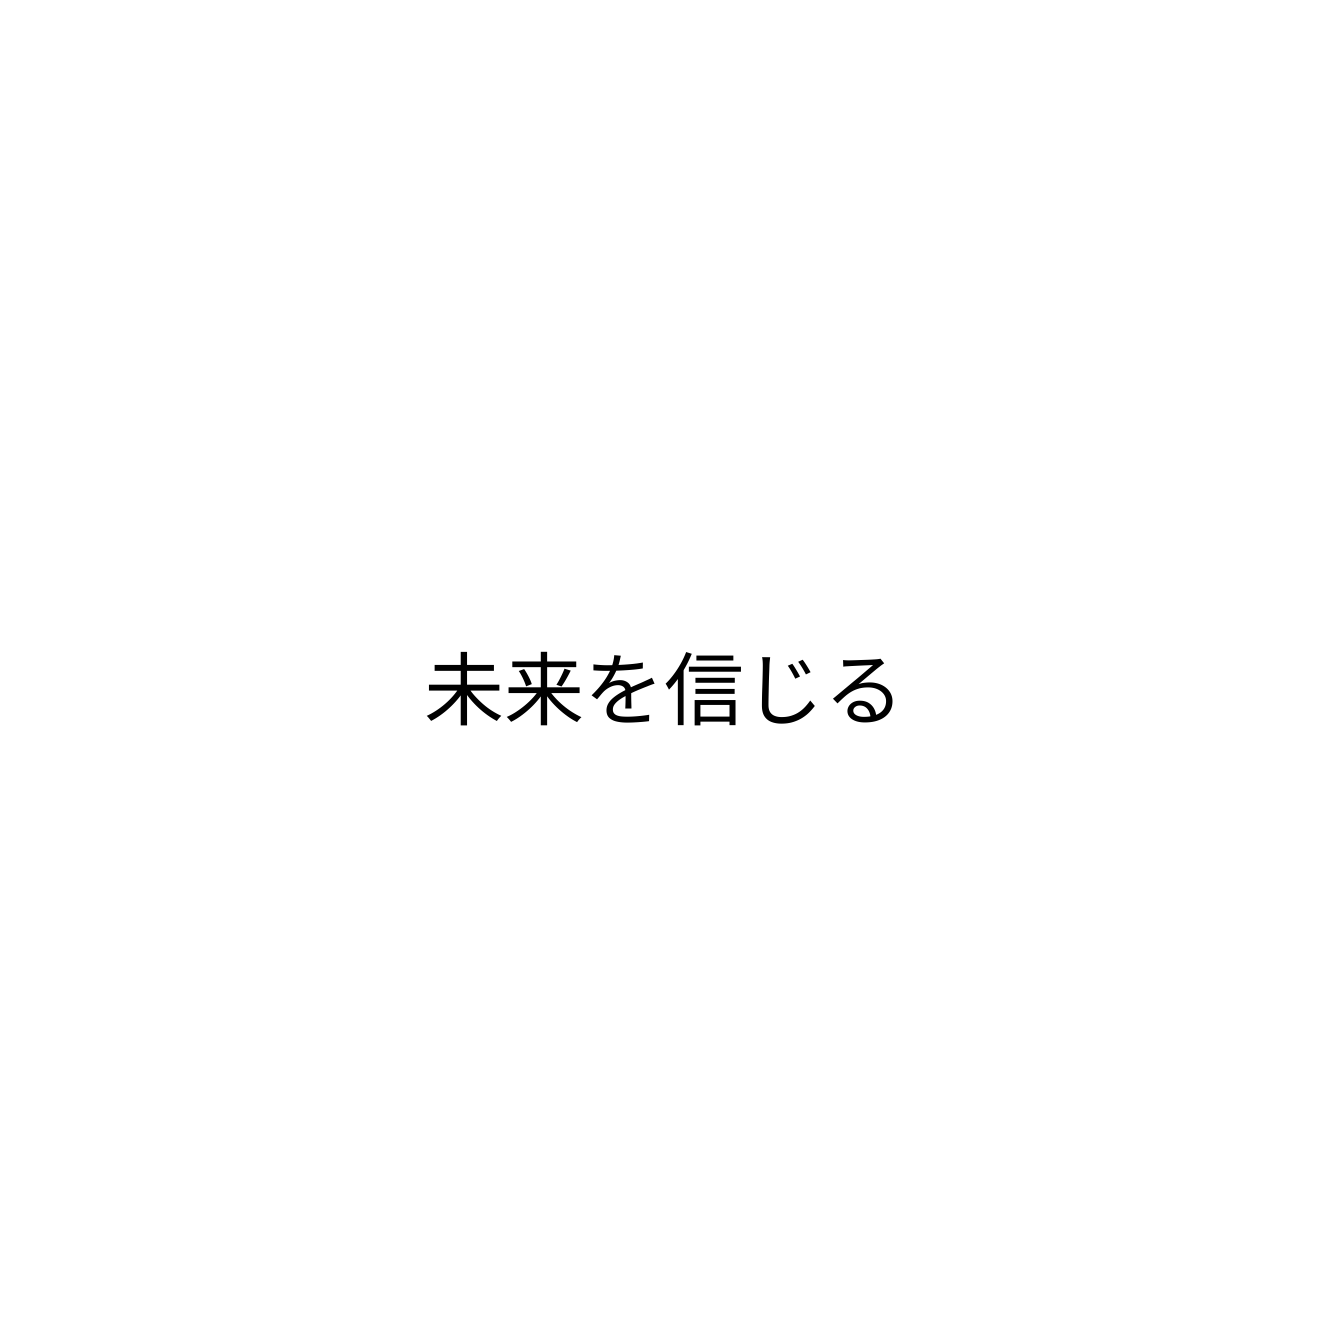
未来を信じる